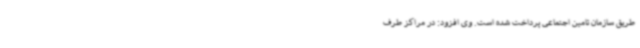
طریق سازمان تامین اجتماعی پرداخت شده است. وی افزود: در مراکز طرف